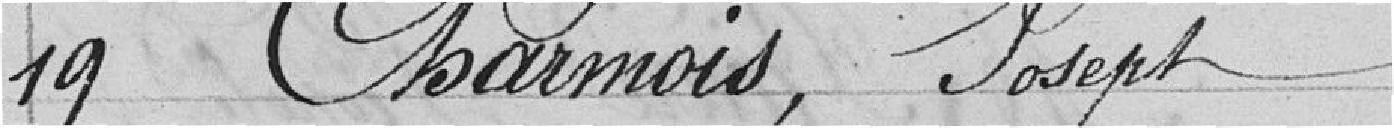
19 Charmois, Joseph